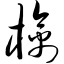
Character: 檎